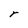
Character: r